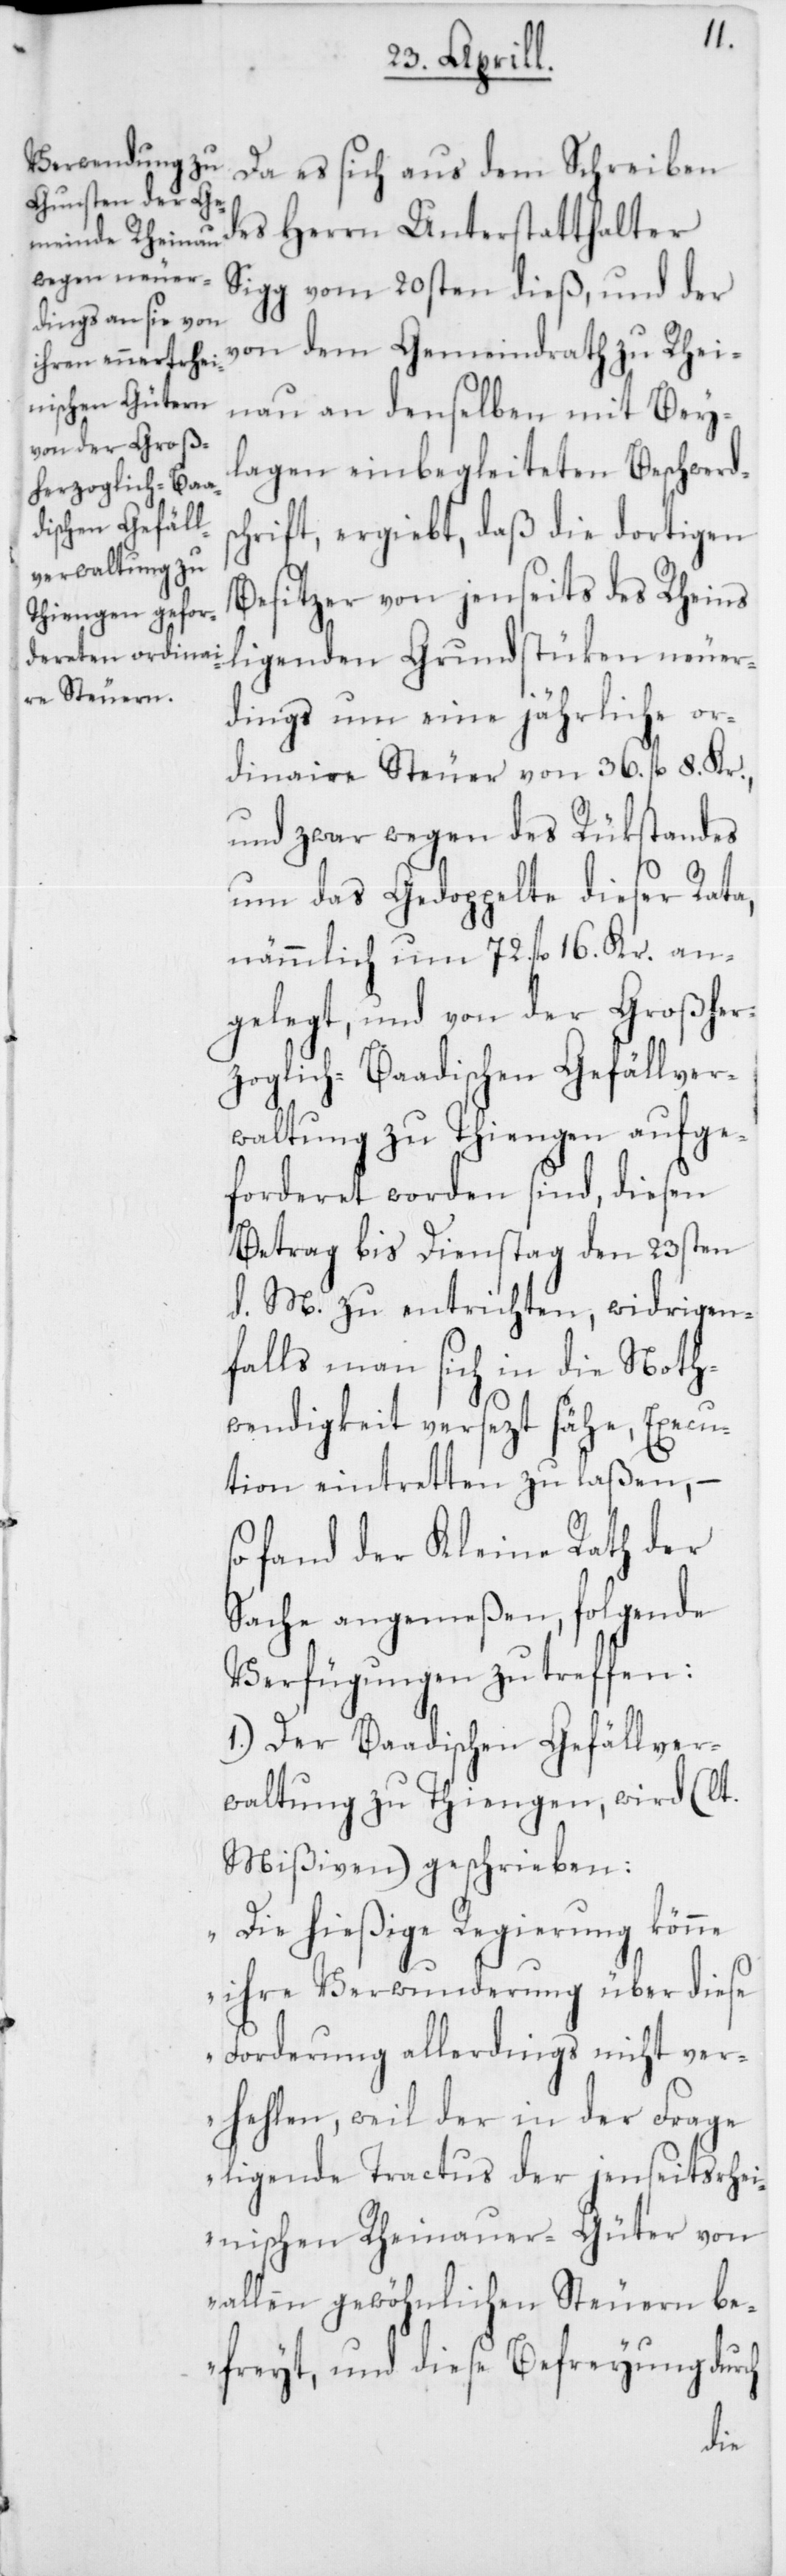
dem Schreiben des Herrn Unterstatthalter
Sigg vom 20sten dieß, und der
von dem Gemeindrath zu Rhei¬
nau an denselben mit Bey¬
lagen einbegleiteten Beschwerds¬
chrift ergiebt, daß die dortigen
Besitzer von jenseits des Rheins
ligenden Grundstüken neuer¬
dings um eine jährliche or¬
dinaire Steuer von 36. fl. 8. Kr.,
und zwar wegen des Rükstandes
um das Gedoppelte dieser Rata,
nämmlich um 72. fl. 16. Kr. an¬
gelegt, und von der Großher¬
zoglich-Baadischen Gefällver¬
waltung zu Thiengen aufge¬
forderet worden sind, diesen
Betrag bis Dienstag den 23sten
d. M. zu entrichten, widrigen¬
falls man sich in die Noth¬
wendigkeit versezt sähe, Execu¬
tion eintretten zu laßen,
so fand der Kleine Rath der
Sache angemeßen, folgende
Verfügungen zu treffen:
1.) Der Baadischen Gefällver¬
waltung zu Thiengen, wird (lt.
Mißiven) geschrieben:
„Die hießige Regierung könne
ihre Verwunderung über
Forderung allerdings nicht ver¬
hehlen, weil der in der Frage
ligende Tractus der jenseits rhei¬
nischen Rheinauer-Güter von
allen gewöhnlichen Steuern be¬
freyt, und diese Befreyung durch